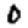
Digit: 0